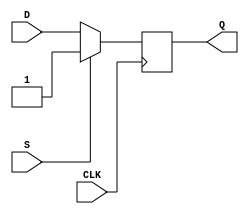
module d_flip_flop (
    input D,
    input CLK,
    input S,
    output reg Q
);

always @(posedge CLK) begin
    if (S) begin
        Q <= 1; // Force Q to high when S is high
    end else begin
        Q <= D; // Store value of D on rising edge of CLK
    end
end

endmodule